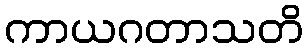
ကာယဂတာသတိ